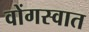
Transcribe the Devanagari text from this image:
वोंगस्वात